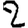
Digit: 2